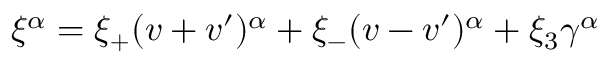
\xi ^ { \alpha } = \xi _ { + } ( v + v ^ { \prime } ) ^ { \alpha } + \xi _ { - } ( v - v ^ { \prime } ) ^ { \alpha } + \xi _ { 3 } \gamma ^ { \alpha }